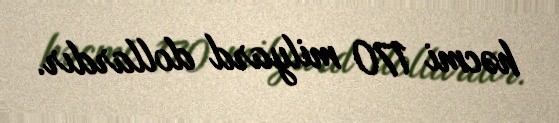
həcmi 170 milyard dollardır.